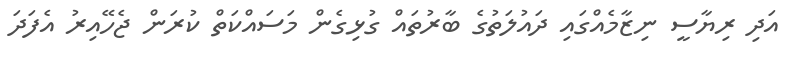
އަދި ރިޔާސީ ނިޒާމެއްގައި ދައުލަތުގެ ބާރުތައް ގުޅިގެން މަސައްކަތް ކުރަން ޖެހޭއިރު އެފަދަ